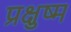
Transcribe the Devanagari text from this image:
प्रक्षुष्म